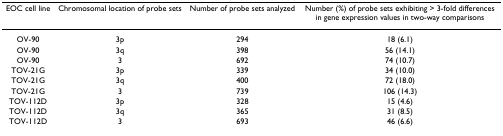
<table><thead><tr><td><b>EOC cell line</b></td><td><b>Chromosomal location of probe sets</b></td><td><b>Number of probe sets analyzed</b></td><td><b>Number (%) of probe sets exhibiting &gt; 3-fold differences in gene expression values in two-way comparisons</b></td></tr></thead><tbody><tr><td>OV-90</td><td>3p</td><td>294</td><td>18 (6.1)</td></tr><tr><td>OV-90</td><td>3q</td><td>398</td><td>56 (14.1)</td></tr><tr><td>OV-90</td><td>3</td><td>692</td><td>74 (10.7)</td></tr><tr><td>TOV-21G</td><td>3p</td><td>339</td><td>34 (10.0)</td></tr><tr><td>TOV-21G</td><td>3q</td><td>400</td><td>72 (18.0)</td></tr><tr><td>TOV-21G</td><td>3</td><td>739</td><td>106 (14.3)</td></tr><tr><td>TOV-112D</td><td>3p</td><td>328</td><td>15 (4.6)</td></tr><tr><td>TOV-112D</td><td>3q</td><td>365</td><td>31 (8.5)</td></tr><tr><td>TOV-112D</td><td>3</td><td>693</td><td>46 (6.6)</td></tr></tbody></table>